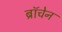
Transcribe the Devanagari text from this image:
ब्रॉचेन